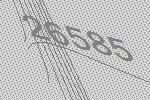
26585